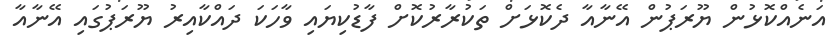
އަނެއްކޮޅުން ޔޫރަޕުން އޭނާއާ ދެކޮޅަށް ތަކުރާރުކޮށް ފާޑުކިޔައި ވާހަކަ ދައްކާއިރު ޔޫރަޕުގައި އޭނާއާ